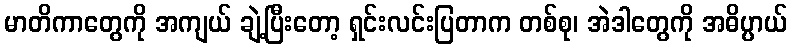
မာတိကာတွေကို အကျယ် ချဲ့ပြီးတော့ ရှင်းလင်းပြတာက တစ်စု၊ အဲဒါတွေကို အဓိပ္ပာယ်